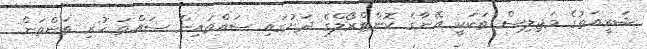
ޝަރީއަތުގެ މަޖިލިސް ތަކަކީ އޭނާގެ ކޮންޓްރޯލްގެ ދަށުގައި ސައްތައިން ސައްތަ ހުރި ތަންތަން